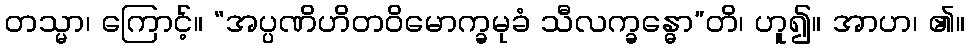
တသ္မာ၊ ကြောင့်။ “အပ္ပဏိဟိတဝိမောက္ခမုခံ သီလက္ခန္ဓော”တိ၊ ဟူ၍။ အာဟ၊ ၏။